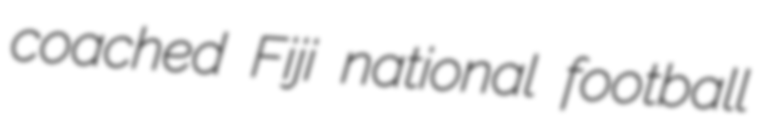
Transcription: coached Fiji national football